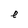
Character: e